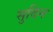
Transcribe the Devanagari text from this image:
सुदिन